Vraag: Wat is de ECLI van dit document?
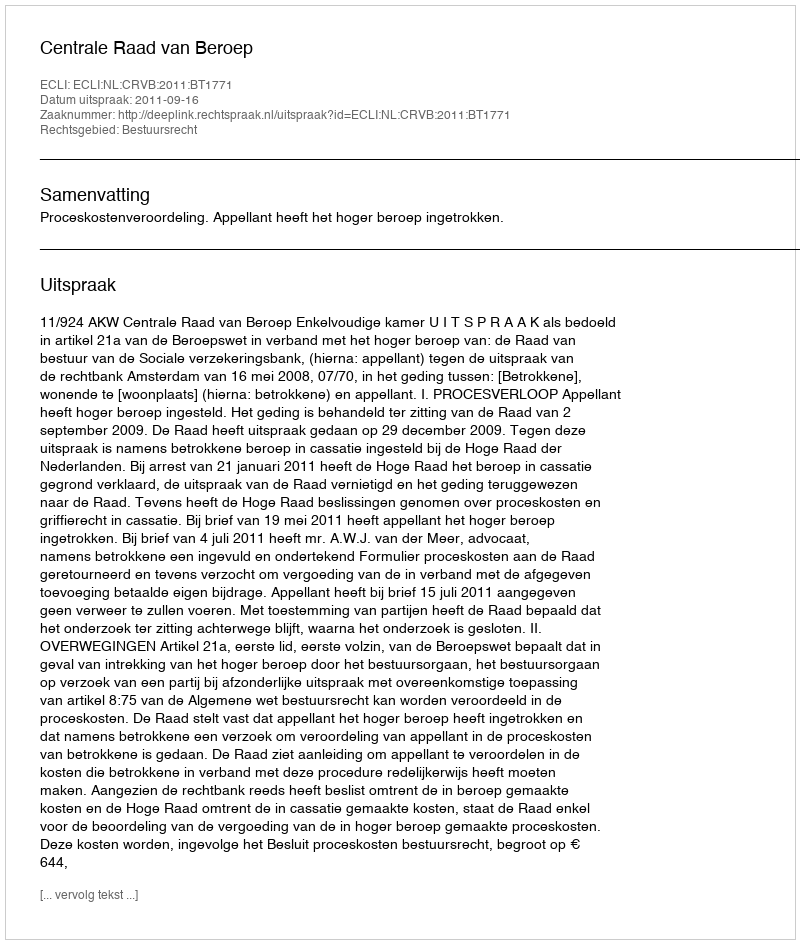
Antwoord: ECLI:NL:CRVB:2011:BT1771